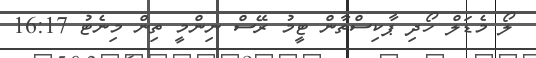
ލޯ މެޑަލް ހޯދި ޕާކިސްތާން ޓީމު ރޭސް ނިންމީ ތިން މިނެޓު 16:17